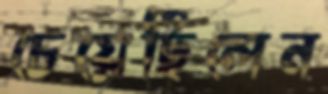
চেয়েছিলেন